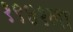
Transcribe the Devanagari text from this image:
१९४१ला